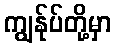
ကျွန်ုပ်တို့မှာ